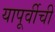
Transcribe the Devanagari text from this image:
यापूर्वीची